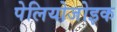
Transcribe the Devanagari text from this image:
पेलियोजोइक